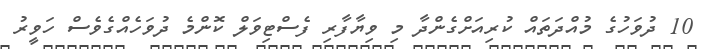
10 ދުވަހުގެ މުއްދަތައް ކުރިއަށްގެންދާ މި ވިޔާފާރި ފެސްޓިވަލް ކޮންމެ ދުވަހެއްގެވެސް ހަވީރު